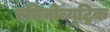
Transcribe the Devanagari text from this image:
एमिनोब्यूट्रिक